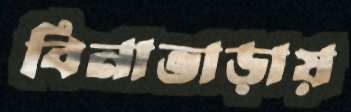
বিনাভাড়ায়